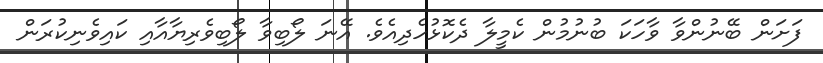
ފަށަން ބޭނުންވާ ވާހަކަ ބުނުމުން ކެމީލާ ދެކޮޅުހެދިއެވެ. އޭނަ ލޯބިވާ ލޯބިވެރިޔާއާއި ކައިވެނިކުރަން